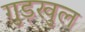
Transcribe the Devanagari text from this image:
गुड़खुल